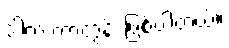
ဒါက ကာတွန်း ဖြစ်ပါတယ်။